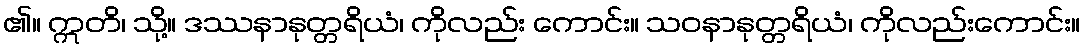
၏။ ဣတိ၊ သို့။ ဒဿနာနုတ္တရိယံ၊ ကိုလည်း ကောင်း။ သဝနာနုတ္တရိယံ၊ ကိုလည်းကောင်း။